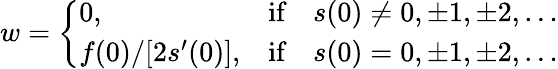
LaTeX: w=\left\{ \begin{array}{ll}{{0,}}&{{{\textrm{if}}\quad s(0)\ne 0,\pm 1,\pm 2,\ldots}}\\ {{f(0)/[2s^{\prime}(0)],}}&{{{\textrm{if}}\quad s(0)=0,\pm 1,\pm 2,\ldots}}\end{array}\right.